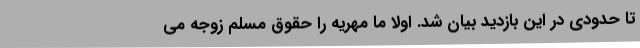
تا حدودی در این بازدید بیان شد. اولا ما مهریه را حقوق مسلم زوجه می